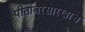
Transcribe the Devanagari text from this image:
पीतांबरसारखाच